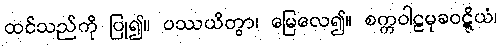
ထင်သည်ကို ပြု၍။ ပဿယိတွာ၊ မြေလေ၍။ စက္ကဝါဠမုခဝဋ္ဋိယံ၊